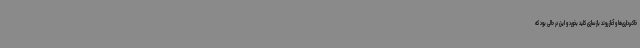
خاکبرداری‌ها و آغاز روند بازسازی کلید بخورد و این در حالی بود که